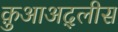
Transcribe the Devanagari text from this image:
क़ुआअद्लीस